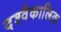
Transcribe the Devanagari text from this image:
दश्वैकालिक